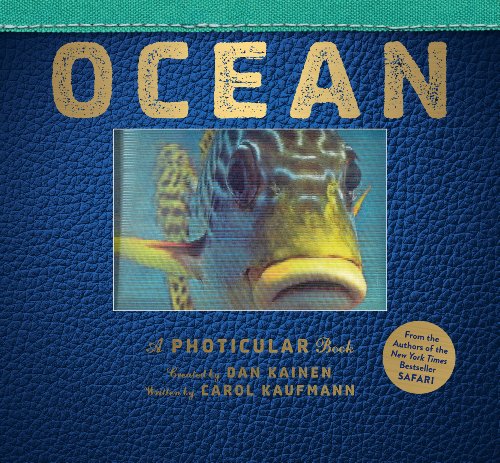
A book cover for Ocean: A Photicular Book; Dan Kainen; Arts & Photography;